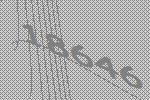
18646